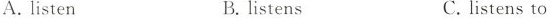
A.listen B.listens C. listens to